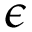
\epsilon